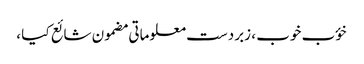
خؤب خوب ، زبردست معلوماتی مضمون شائع کیا ،